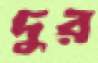
দুর